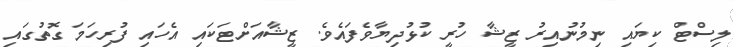
ލިސްޓް ކިޔައި ނިމުނުއިރު ޒީޝާ ހުރީ ކުޅުދިޔާވެފައެވެ. ޒީޝާއަށްޓަކައި އެހައި ފުރިހަމަ ގޮތުގައި